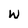
Character: W